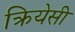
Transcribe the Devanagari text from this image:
क्रियेसी